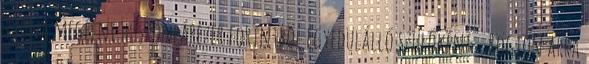
tudna megélni huszonpárezer forintból egyedülálló szülőként . Rögtön arra